Report on vaccination in Madras 1904-1921 - 1904-1921
Year: 1904
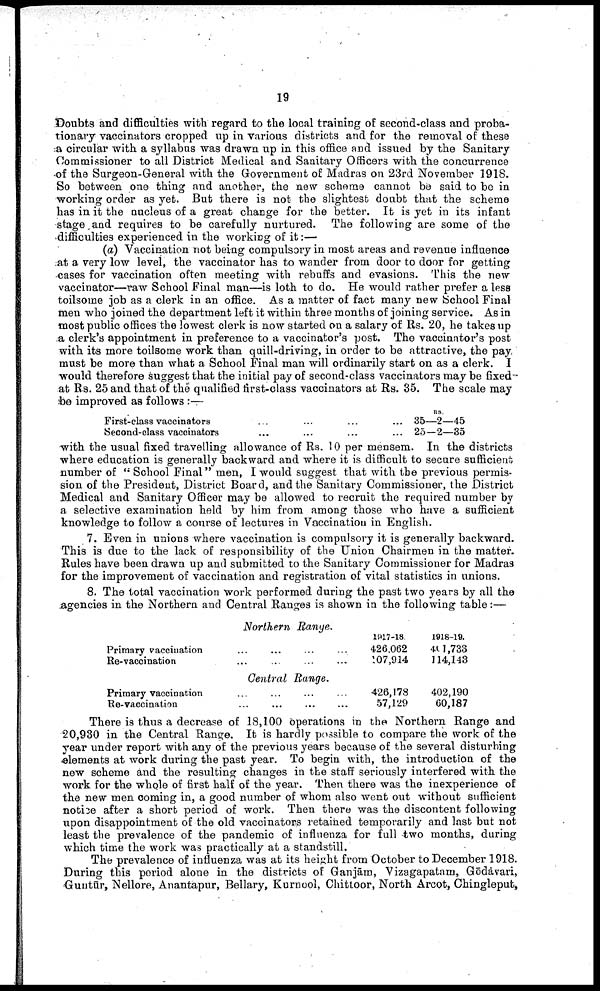
19
Doubts and difficulties with regard to the local training of second-class and proba
tionary vaccinators cropped up in various districts and for the removal of these
a circular with a syllabus was drawn up in this office and issued by the Sanitary
Commissioner to all District Medical and Sanitary Officers with the concurrence
of the Surgeon-General with the Government of Madras on 23rd November 1918.
So between one thing and another, the new scheme cannot be said to be in
working order as yet. But there is not the slightest doubt that the scheme
has in it the nucleus of a great change for the better. It is yet in its infant
stage and requires to be carefully nurtured. The following are some of the
difficulties experienced in the working of it:—
(a) Vaccination not being compulsory in most areas and revenue influence
at a very low level, the vaccinator has to wander from door to door for getting
cases for vaccination often meeting with rebuffs and evasions. This the new
vaccinator—raw School Final man—is loth to do. He would rather prefer a less
toilsome job as a clerk in an office. As a matter of fact many new School Final
men who joined the department left it within three months of joining service. As in
most public offices the lowest clerk is now started on a salary of Rs. 20, he takes up
a clerk's appointment in preference to a vaccinator's post. The vaccinator's post
with its more toilsome work than quill-driving, in order to be attractive, the pay
must be more than what a School Final man will ordinarily start on as a clerk. I
would therefore suggest that the initial pay of second-class vaccinators may be fixed
at Rs. 25 and that of the qualified first-class vaccinators at Rs. 35. The scale may
be improved as follows :—
First-class vaccinators
Second-class vaccinators
35—2—45
25-2—35
with the usual fixed travelling allowance of Rs. 10 per mensem. In the districts
where education is generally backward and where it is difficult to secure sufficient
number of " School Final" men, I would suggest that with the previous permis
sion of the President, District Board, and the Sanitary Commissioner, the District
Medical and Sanitary Officer may be allowed to recruit the required number by
a selective examination held by him from among those who have a sufficient
knowledge to follow a course of lectures in Vaccination in English.
7. Even in unions where vaccination is compulsory it is generally backward.
This is due to the lack of responsibility of the Union Chairmen in the matter.
Rules have been drawn up and submitted to the Sanitary Commissioner for Madras
for the improvement of vaccination and registration of vital statistics in unions.
8. The total vaccination work performed during the past two years by all the
agencies in the Northern and Central Ranges is shown in the following table:—
Northern
Range.
Primary vaccination... ... ... ...
Re-vaccination... ... ...
1917-18
426,062
107,914
1918-19.
401,733
114,143
Central
Range.
Primary vaccination... ... ... ...
Re-vaccination
426,178
57,129
402,190
60,187
There is thus a decrease of 18,100 operations in the Northern Range and
20,930 in the Central Range. It is hardly possible to compare the work of the
year under report with any of the previous years because of the several disturbing
elements at work during the past year. To begin with, the introduction of the
new scheme and the resulting changes in the staff seriously interfered with the
work for the whole of first half of the year. Then there was the inexperience of
the new men coming in, a good number of whom also went out without sufficient
notice after a short period of work. Then there was the discontent following
upon disappointment of the old vaccinators retained temporarily and last but not
least the prevalence of the pandemic of influenza for full two months, during
which time the work was practically at a standstill.
The prevalence of influenza was at its height from October to December 1918.
During this period alone in the districts of Ganjām, Vizagapatam, Gōdāvari,
Guntūr, Nellore, Anantapur, Bellary, Kurnool, Chittoor, North Arcot, Chingleput,